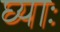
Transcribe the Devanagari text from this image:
घ्‍याः